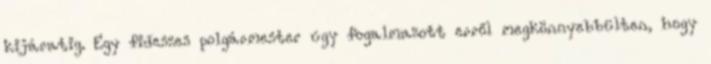
kijáratig. Egy fideszes polgármester úgy fogalmazott erről megkönnyebbülten, hogy